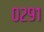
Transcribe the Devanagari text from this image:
०२९१